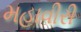
મહાવીરી